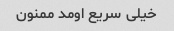
خیلی سریع اومد ممنون